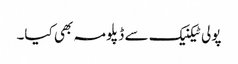
پولی ٹیکنیک سے ڈپلومہ بھی کیا۔